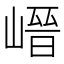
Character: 𡺽